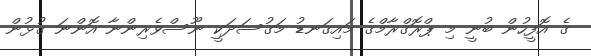
ގެ އޮފީހުން ބުނީ މި ޕްރޮގްރާމްގެ މައިގަނޑު މަގުސަދަކީ ނޫސްވެރިންނާ އޮންނަ ގުޅުން